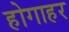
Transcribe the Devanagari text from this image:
होगाहर